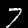
Label: 7